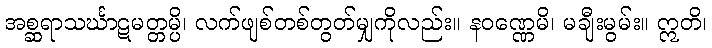
အစ္ဆရာသင်္ဃာဋမတ္တမ္ပိ၊ လက်ဖျစ်တစ်တွတ်မျှကိုလည်း။ နဝဏ္ဏေမိ၊ မချီးမွမ်း။ ဣတိ၊